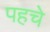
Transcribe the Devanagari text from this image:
पहचे